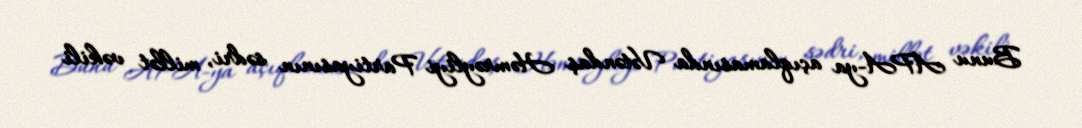
Bunu APA-ya açıqlamasında Vətəndaş Həmrəyliyi Partiyasının sədri, millət vəkili